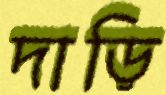
দাড়ি